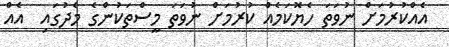
އެއްކުރުމަށް ނުވަތަ ހެޔޮކަމެއް ކުރުމަށް ނުވަތަ މީސްތަކުންގެ މެދުގައި  އެއް